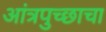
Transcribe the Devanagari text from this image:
आंत्रपुच्छाचा